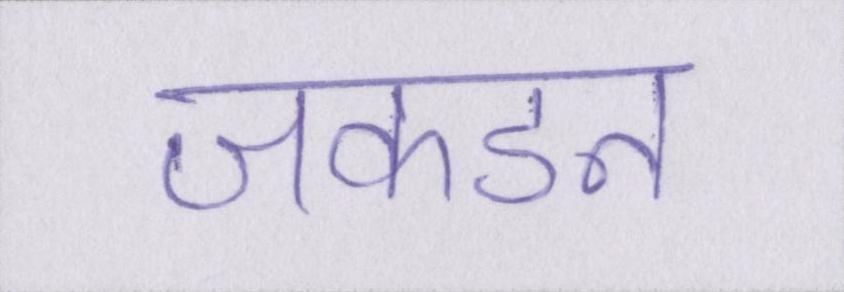
जकडन